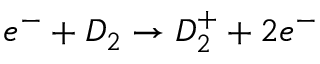
e ^ { - } + D _ { 2 } \rightarrow D _ { 2 } ^ { + } + 2 e ^ { - }